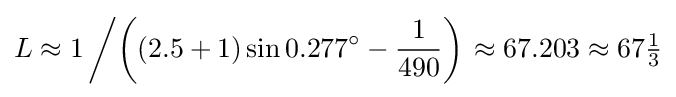
L\approx 1\left/\left((2.5+1)\sin 0.277^{\circ }-{\frac {1}{490}}\right)\right.\approx 67.203\approx 67{\tfrac {1}{3}}